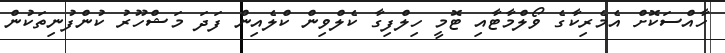
ހާއްސަކޮށް އެމެރިކާގެ ވޯލްމާޓާއި ޓޮމީ ހިލްފިގާ ކެލްވިން ކްލެއިން ފަދަ މަޝްހޫރު ކުންފުނިތަކުން